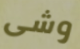
وشى